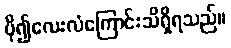
ပို၍လေးလံကြောင်းသိရှိရသည်။